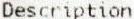
DESCRIPTION